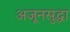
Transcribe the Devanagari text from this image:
अजूनसुद्धा